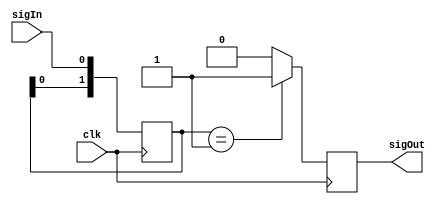
`timescale 1ns / 1ps
//////////////////////////////////////////////////////////////////////////////////
// Company: 
// Engineer: 
// 
// Design Name: 
// Module Name:    one_shot 
// Project Name: 
// Target Devices: 
// Tool versions: 
// Description: 
//
// Dependencies: 
//
// Revision: 
// Revision 0.01 - File Created
// Additional Comments: 
//
//////////////////////////////////////////////////////////////////////////////////
module one_shot( sigOut, sigIn, clk );

output reg sigOut;
input sigIn;

input clk;

/*
// Mejor implementacion, usa 1 flip flop menos y tiene menos retardo a la salida
reg prev_state;
always @( posedge clk ) begin
	prev_state <= sigIn;
	if( {prev_state,sigIn} == 2'b01 )
		sigOut <= 1;
	else
		sigOut <= 0;
end

// Condiciones iniciales para simulacion y FPGA
initial begin
	prev_state <= 0;
end
*/


reg [1:0] shift = 0;

always @(posedge clk) begin
	shift <= {shift[0], sigIn};
	if( shift == 2'b01 )
		sigOut <= 1;
	else
		sigOut <= 0;
end


endmodule